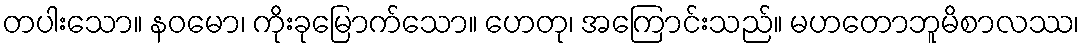
တပါးသော။ နဝမော၊ ကိုးခုမြောက်သော။ ဟေတု၊ အကြောင်းသည်။ မဟတောဘူမိစာလဿ၊